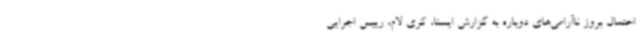
احتمال بروز ناآرامی‌های دوباره به گزارش ایسنا، کری لام، رییس اجرایی